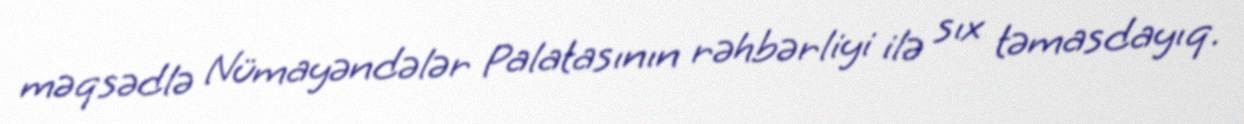
məqsədlə Nümayəndələr Palatasının rəhbərliyi ilə sıx təmasdayıq.